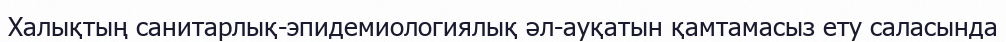
Халықтың санитарлық-эпидемиологиялық әл-ауқатын қамтамасыз ету саласында